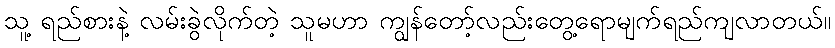
သူ့ ရည်စားနဲ့ လမ်းခွဲလိုက်တဲ့ သူမဟာ ကျွန်တော့်လည်းတွေ့ရောမျက်ရည်ကျလာတယ်။